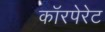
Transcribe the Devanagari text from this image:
काॅरपेरेट